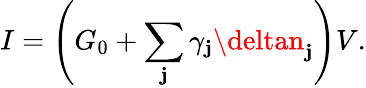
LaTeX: I=\left(G_{0}+\sum_{\mathbf{j}}\gamma_{\mathbf{j}}\deltan_{\mathbf{j}}\right)V.